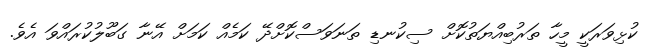
ކުޅިވަރަކީ މީހާ ތަރުބިއްޔަތުކޮށް ސިކުނޑި ތަނަވަސްކޮށްދޭ ކަމެއް ކަމަށް އޭނާ ގަބޫލުކުރައްވަ އެވެ.